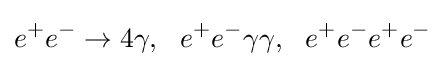
e^{+}e^{-}\to 4\gamma ,~~e^{+}e^{-}\gamma \gamma ,~~e^{+}e^{-}e^{+}e^{-}